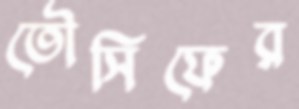
তৌসিফের